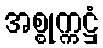
အစ္စုက္ကဋ္ဌံ